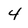
Character: 4